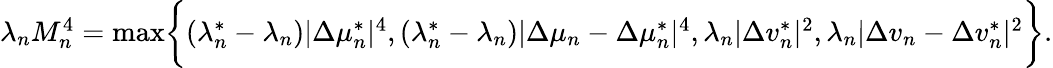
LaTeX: \begin{array}{r}{\lambda_{n}M_{n}^{4}=\operatorname*{max}\biggr\{ (\lambda_{n}^{*}-\lambda_{n})|\Delta\mu_{n}^{*}|^{4},(\lambda_{n}^{*}-\lambda_{n})|\Delta\mu_{n}-\Delta\mu_{n}^{*}|^{4},\lambda_{n}|\Delta v_{n}^{*}|^{2},\lambda_{n}|\Delta v_{n}-\Delta v_{n}^{*}|^{2}\biggr\} .}\end{array}